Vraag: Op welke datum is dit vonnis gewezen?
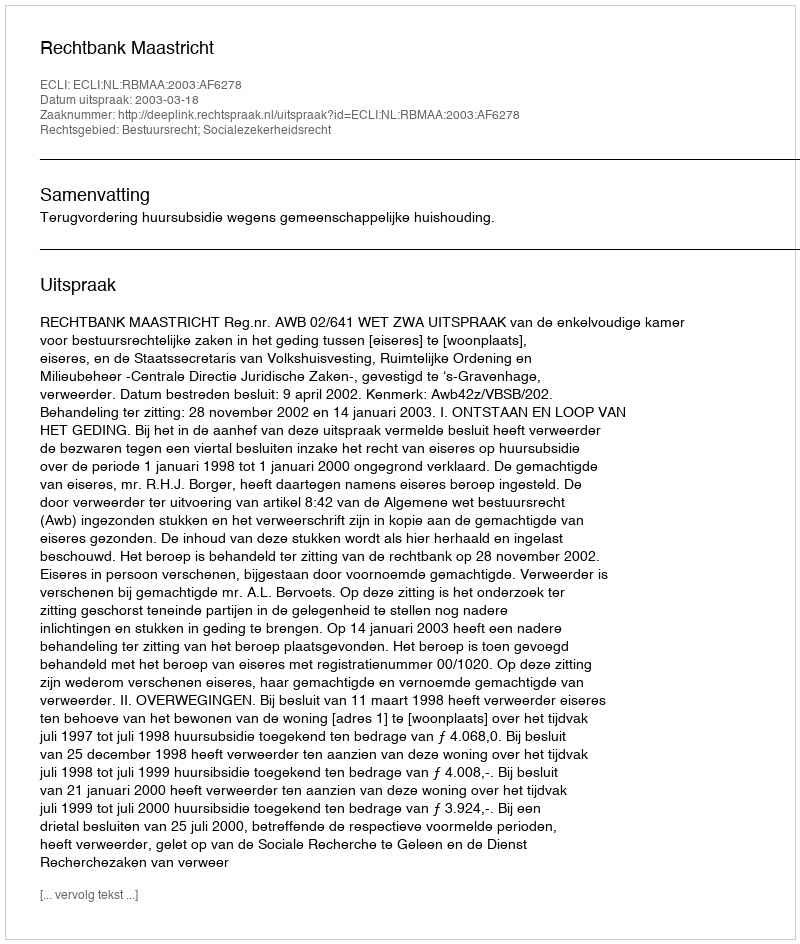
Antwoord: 2003-03-18